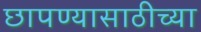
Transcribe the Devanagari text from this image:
छापण्यासाठीच्या